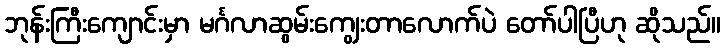
ဘုန်းကြီးကျောင်းမှာ မင်္ဂလာဆွမ်းကျွေးတာလောက်ပဲ တော်ပါပြီဟု ဆိုသည်။